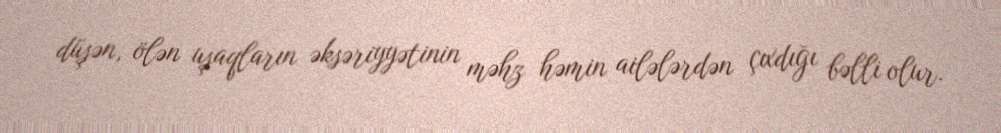
düşən, ölən uşaqların əksəriyyətinin məhz həmin ailələrdən çıxdığı bəlli olur.